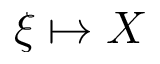
\xi \mapsto X